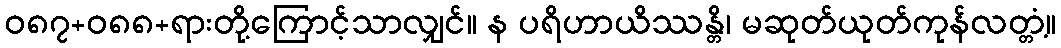
ဝ၈၇+၀၈၈+ရားတို့ကြောင့်သာလျှင်။ န ပရိဟာယိဿန္တိ၊ မဆုတ်ယုတ်ကုန်လတ္တံ့။